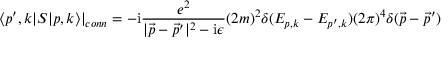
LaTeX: \langle p ^ { \prime } , k | S | p , k \rangle | _ { c o n n } = - \mathrm { i } { \frac { e ^ { 2 } } { | { \vec { p } } - { \vec { p } } ^ { \prime } | ^ { 2 } - \mathrm { i } \epsilon } } ( 2 m ) ^ { 2 } \delta ( E _ { p , k } - E _ { p ^ { \prime } , k } ) ( 2 \pi ) ^ { 4 } \delta ( { \vec { p } } - { \vec { p } } ^ { \prime } )